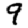
Digit: 9